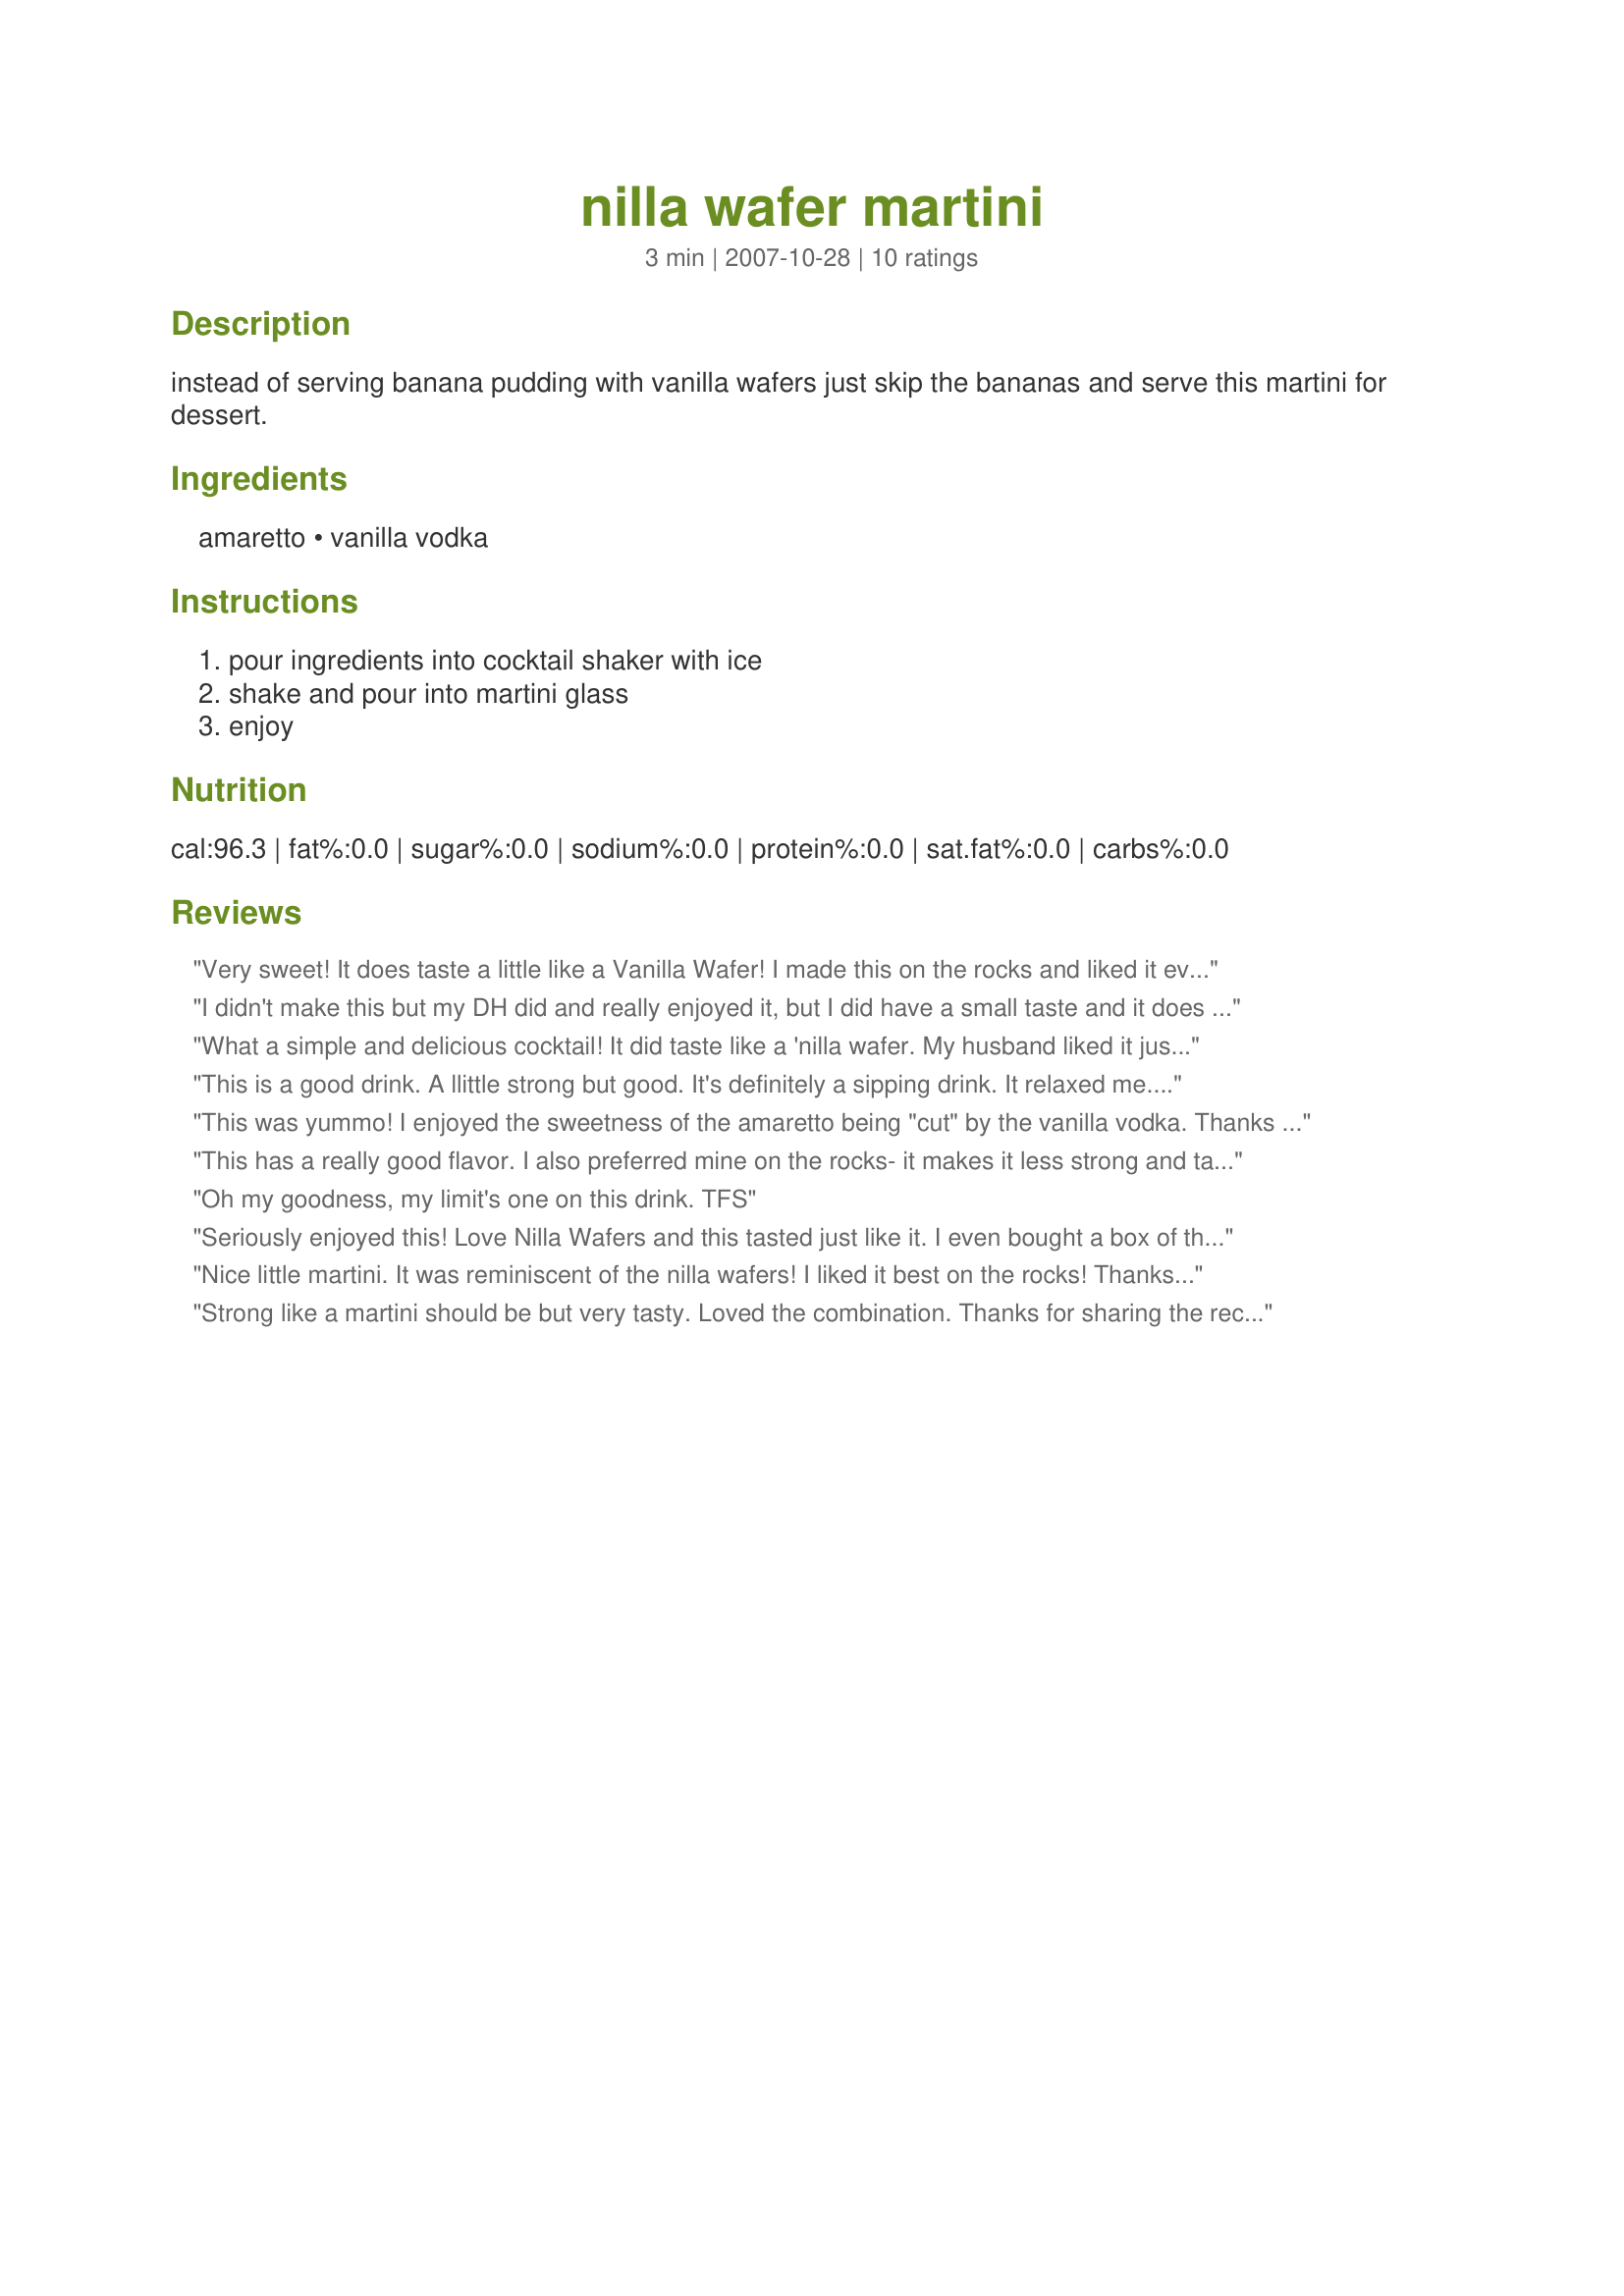
nilla wafer martini
Preparation time: 3 minutes

instead of serving banana pudding with vanilla wafers just skip the bananas and serve this martini for dessert.

Ingredients:
amaretto, vanilla vodka

Steps:
pour ingredients into cocktail shaker with ice, shake and pour into martini glass, enjoy

Reviews:
Very sweet! It does taste a little like a Vanilla Wafer! I made this on the rocks and liked it even better. Thanks for sharing!
I didn't make this but my DH did and really enjoyed it, but I did have a small taste and it does kind the taste of a Nilla wafer, thanks for sharing Mary!
What a simple and delicious cocktail! It did taste like a 'nilla wafer. My husband liked it just as is, but I thought it was a little bit strong so maybe next time (Oh, there will be a next time) I'll have mine on the rocks like another reviewer suggested. Loved it, thanks for posting! Made for Zaar Cookbook Tag.
This is a good drink. A llittle strong but good. It's definitely a sipping drink. It relaxed me. I think next time I make it, I will add a little bit of Coke or Pepsi to it.Thanks for a good recipe Mary. Made for the Feb 'o8 Bevy Tag game
This was yummo! I enjoyed the sweetness of the amaretto being "cut" by the vanilla vodka. Thanks for posting!
This has a really good flavor. I also preferred mine on the rocks- it makes it less strong and taste something like a creme soda. Just 2 ingredients- EASY!
Oh my goodness, my limit's one on this drink. TFS
Seriously enjoyed this! Love Nilla Wafers and this tasted just like it. I even bought a box of them to try and get a photo of this delicious drink with a nilla on the side, but my photo was fuzzy! Or maybe I was ;) this is a strong sipper for sure, but very much enjoyed!!! Thank you Mary for sharing, I will definitely indulge in this one again :) (Made for Bevy Tag 09) Cheers ~V
Nice little martini. It was reminiscent of the nilla wafers! I liked it best on the rocks! Thanks Mary!
Strong like a martini should be but very tasty. Loved the combination. Thanks for sharing the recipe!
